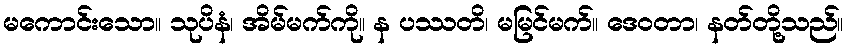
မကောင်းသော။ သုပိနံ၊ အိမ်မက်ကို။ န ပဿတိ၊ မမြင်မက်။ ဒေဝတာ၊ နတ်တို့သည်။